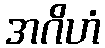
အဂိဟံ